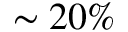
\sim 2 0 \%